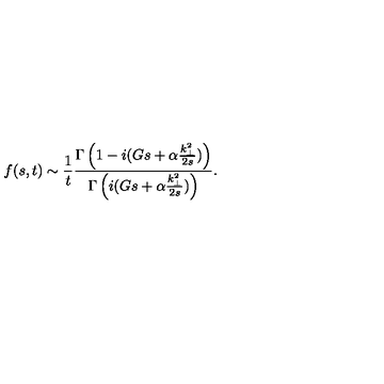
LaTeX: f ( s , t ) \sim { \frac { 1 } { t } } { \frac { \Gamma \left( 1 - i ( G s + \alpha { \frac { k _ { \perp } ^ { 2 } } { 2 s } } ) \right) } { \Gamma \left( i ( G s + \alpha { \frac { k _ { \perp } ^ { 2 } } { 2 s } } ) \right) } } .